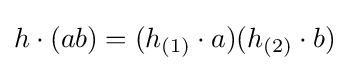
h\cdot (ab)=(h_{(1)}\cdot a)(h_{(2)}\cdot b)